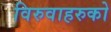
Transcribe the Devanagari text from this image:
विरुवाहरुको